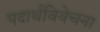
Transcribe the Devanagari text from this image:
पदार्थविवेचना